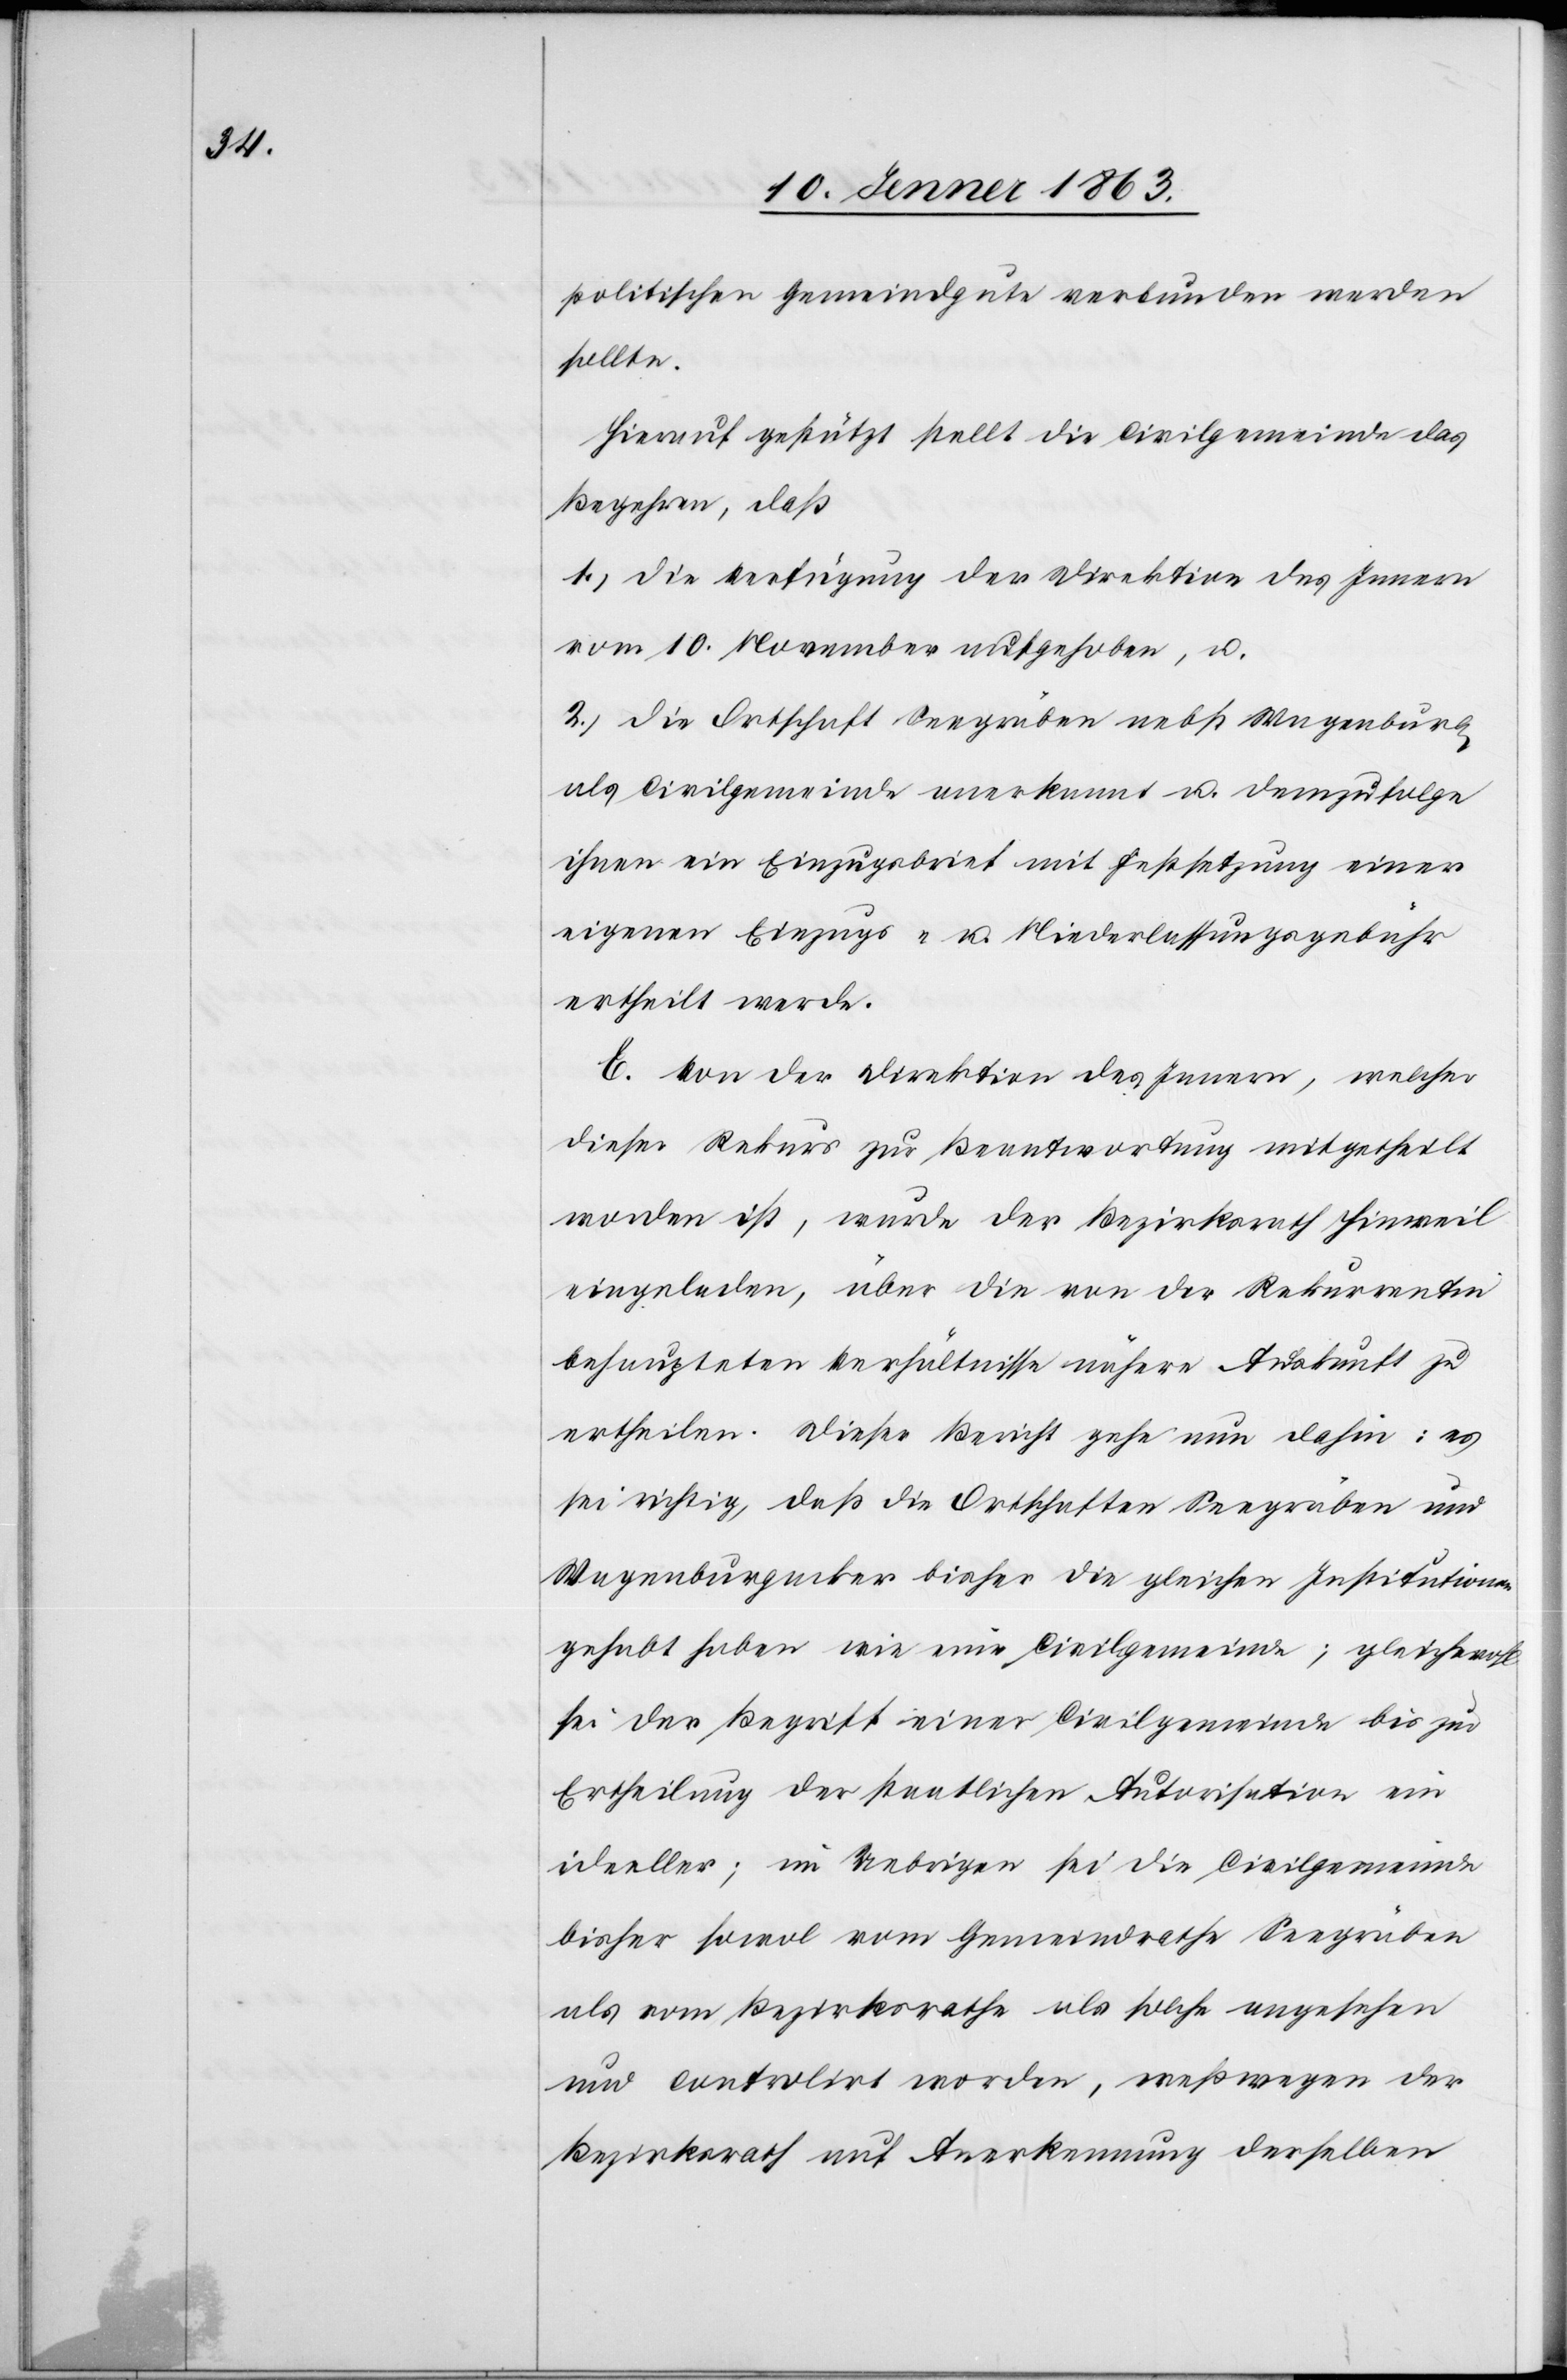
politischen Gemeindgute verbunden werden
sollte.
Hierauf gestützt stellt die Civilgemeinde das
Begehren, daß
1.) die Verfügung der Direktion des Innern
vom 10. November aufgehoben, u.
2.) die Ortschaft Seegräben nebst Wagenburg
als Civilgemeinde anerkannt u. demzufolge
ihnen ein Einzugsbrief mit Festsetzung einer
eigenen Einzugs- u. Niederlassungsgebühr
ertheilt werde.
E. Von der Direktion des Innern, welcher
dieser Rekurs zur Beantwortung mitgetheilt
worden ist, wurde der Bezirksrath Hinweil
eingeladen, über die von der Rekurrentin
behaupteten Verhältnisse nähere Auskunft zu
ertheilen. Dieser Bericht gehe nun dahin: es
sei richtig, daß die Ortschaften Seegräben und
Wagenburgacker bisher die gleichen Institutionen
gehabt haben wie eine Civilgemeinde; gleichwohl
sei der Begriff einer Civilgemeinde bis zur
Ertheilung der staatlichen Autorisation ein
ideeller; im Uebrigen sei die Civilgemeinde
bisher sowol vom Gemeindrathe Seegräben
als vom Bezirksrathe als solche angesehen
und controlirt worden, weßwegen der
Bezirksrath auf Anerkennung derselben